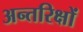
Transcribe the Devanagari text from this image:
अन्तरिक्षों